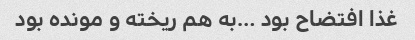
غذا افتضاح بود …به هم ریخته و مونده بود